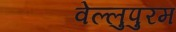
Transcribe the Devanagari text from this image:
वेल्लुपुरम